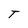
Character: T